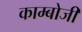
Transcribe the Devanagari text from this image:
काम्बोजी